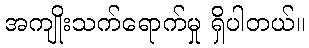
အကျိုးသက်ရောက်မှု ရှိပါတယ်။